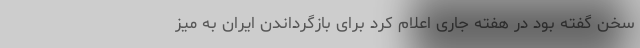
سخن گفته بود در هفتهٔ جاری اعلام کرد برای بازگرداندن ایران به میز